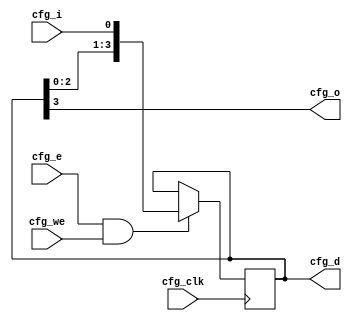
// Automatically generated by PRGA's RTL generator
module cfg_bitchain4 (
    input wire [0:0] cfg_clk,
    input wire [0:0] cfg_e,
    input wire [0:0] cfg_we,
    input wire [0:0] cfg_i,
    output reg [0:0] cfg_o,
    output reg [3:0] cfg_d
    );

    // combinational outputs
    always @* begin
        cfg_o = cfg_d[3];
    end

    always @(posedge cfg_clk) begin
        if (cfg_e && cfg_we) begin
            cfg_d <= {cfg_d, cfg_i};
        end
    end

endmodule